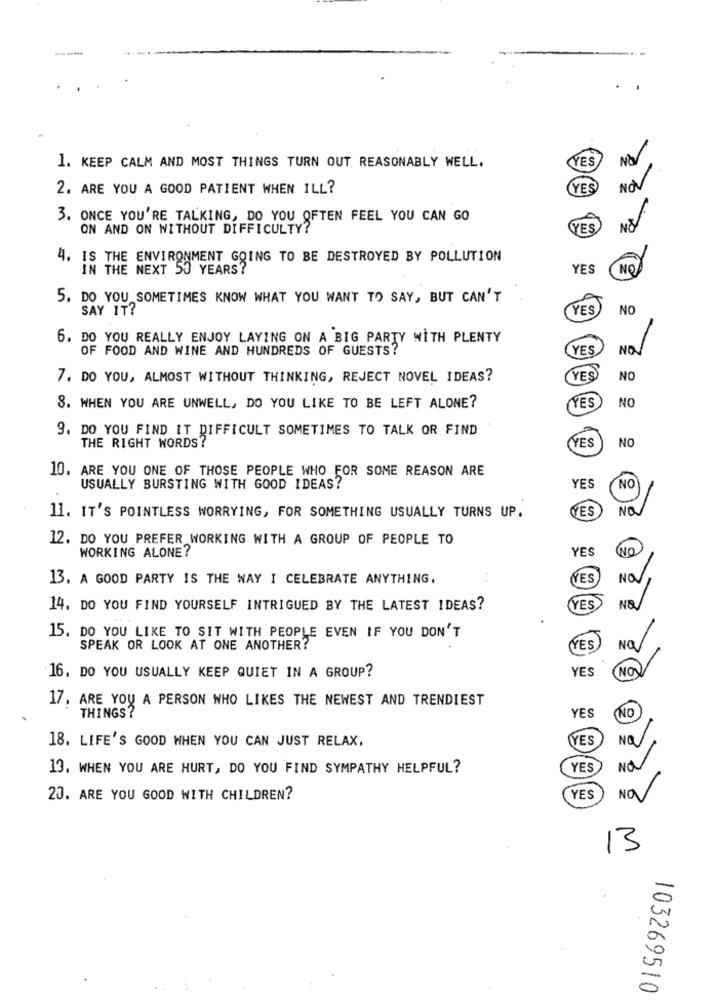
----
YES
NO
1. KEEP CALM AND MOST THINGS TURN OUT. REASONABLY WELL.
2. ARE YOU A GOOD PATIENT WHEN ILL?
YES
NOV
3. ONCE YOU'RE TALKING, DO YOU OFTEN FEEL YOU CAN GO
ON AND ON WITHOUT DIFFICULTY?
YES
4. IS THE ENVIRONMENT GOING TO BE DESTROYED BY POLLUTION
IN THE NEXT 50 YEARS?
YES
NO
5. DO YOU SOMETIMES KNOW WHAT YOU WANT TO SAY, BUT CAN'T
SAY IT?
YES
NO
6. DO YOU REALLY ENJOY LAYING ON A BIG PARTY WITH PLENTY
OF FOOD AND WINE AND HUNDREDS OF GUESTS?
YES
NON
7. DO YOU, ALMOST WITHOUT THINKING, REJECT NOVEL IDEAS?
YES
NO
NO
8. WHEN YOU ARE UNWELL, DO YOU LIKE TO BE LEFT ALONE?
YES
9. DO YOU FIND IT DIFFICULT SOMETIMES TO TALK OR FIND
THE RIGHT WORDS?
YES
NO
10. ARE YOU ONE OF THOSE PEOPLE WHO FOR SOME REASON ARE
YES
USUALLY BURSTING WITH GOOD IDEAS?
NO
YES
NO
11. IT'S POINTLESS WORRYING, FOR SOMETHING USUALLY TURNS UP.
12. DO YOU PREFER WORKING WITH A GROUP OF PEOPLE TO
WORKING ALONE?
YES
NO
13. A GOOD PARTY IS THE WAY I CELEBRATE ANYTHING.
ÑES
NO.
14. DO YOU FIND YOURSELF INTRIGUED BY THE LATEST IDEAS?
YES
15. DO YOU LIKE TO SIT WITH PEOPLE EVEN IF YOU DON'T
SPEAK OR LOOK AT ONE ANOTHER?
YES
NO
YES
NON
16. DO YOU USUALLY KEEP QUIET IN A GROUP?
17. ARE YOU A PERSON WHO LIKES THE NEWEST AND TRENDIEST
THINGS?
YES
NO
YES
18. LIFE'S GOOD WHEN YOU CAN JUST RELAX,
NOV
13. WHEN YOU ARE HURT, DO YOU FIND SYMPATHY HELPFUL?
YES
No
20. ARE YOU GOOD WITH CHILDREN?
YES
NOV
13
103269510